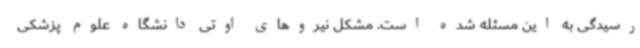
رسیدگی به این مسئله شده است. مشکل نیروهای اوتی دانشگاه علوم پزشکی